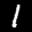
Label: 1